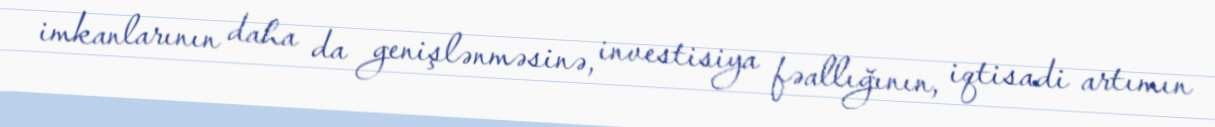
imkanlarının daha da genişlənməsinə, investisiya fəallığının, iqtisadi artımın